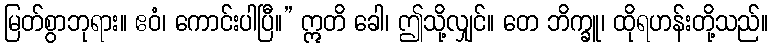
မြတ်စွာဘုရား။ ဧဝံ၊ ကောင်းပါပြီ။” ဣတိ ခေါ၊ ဤသို့လျှင်။ တေ ဘိက္ခူ၊ ထိုရဟန်းတို့သည်။